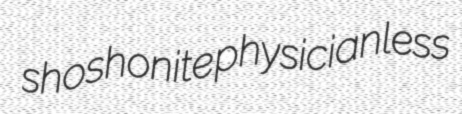
shoshonite physicianless